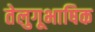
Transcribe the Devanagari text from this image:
तेलुगूभाषिक